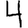
Digit: 4